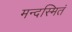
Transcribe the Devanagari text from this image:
मन्दस्मितं